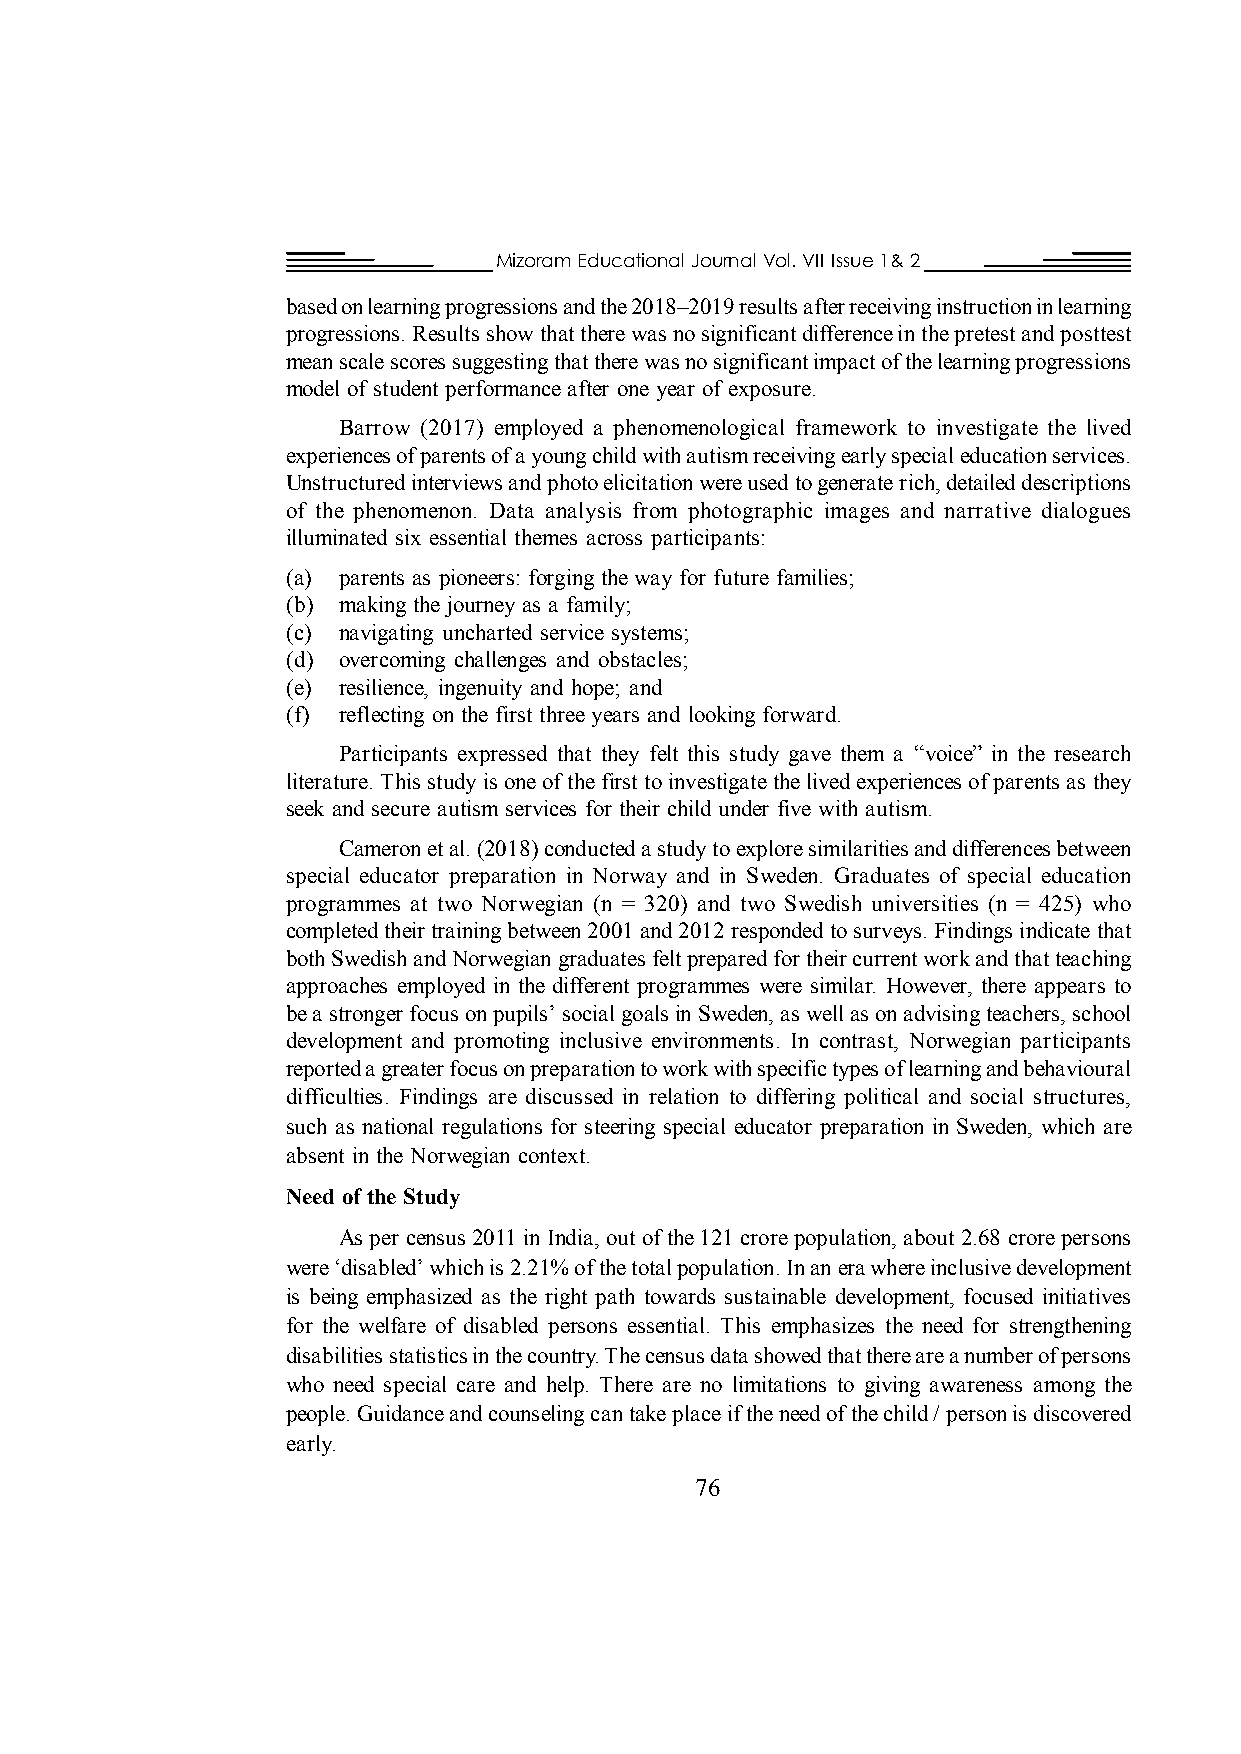
Mizoram Educational Journal Vol. VII Issue 1& 2
 based on learning progressions and the 2018–2019 results after receiving instruction in learning
 progressions. Results show that there was no significant difference in the pretest and posttest
 mean scale scores suggesting that there was no significant impact of the learning progressions
 model of student performance after one year of exposure.
 Barrow (2017) employed a phenomenological framework to investigate the lived
 experiences of parents of a young child with autism receiving early special education services.
 Unstructured interviews and photo elicitation were used to generate rich, detailed descriptions
 of the phenomenon. Data analysis from photographic images and narrative dialogues
 illuminated six essential themes across participants:
 (a) parents as pioneers: forging the way for future families;
 (b) making the journey as a family;
 (c) navigating uncharted service systems;
 (d) overcoming challenges and obstacles;
 (e) resilience, ingenuity and hope; and
 (f) reflecting on the first three years and looking forward.
 Participants expressed that they felt this study gave them a “voice” in the research
 literature. This study is one of the first to investigate the lived experiences of parents as they
 seek and secure autism services for their child under five with autism.
 Cameron et al. (2018) conducted a study to explore similarities and differences between
 special educator preparation in Norway and in Sweden. Graduates of special education
 programmes at two Norwegian (n = 320) and two Swedish universities (n = 425) who
 completed their training between 2001 and 2012 responded to surveys. Findings indicate that
 both Swedish and Norwegian graduates felt prepared for their current work and that teaching
 approaches employed in the different programmes were similar. However, there appears to
 be a stronger focus on pupils’ social goals in Sweden, as well as on advising teachers, school
 development and promoting inclusive environments. In contrast, Norwegian participants
 reported a greater focus on preparation to work with specific types of learning and behavioural
 difficulties. Findings are discussed in relation to differing political and social structures,
 such as national regulations for steering special educator preparation in Sweden, which are
 absent in the Norwegian context.
 Need of the Study
 As per census 2011 in India, out of the 121 crore population, about 2.68 crore persons
 were ‘disabled’ which is 2.21% of the total population. In an era where inclusive development
 is being emphasized as the right path towards sustainable development, focused initiatives
 for the welfare of disabled persons essential. This emphasizes the need for strengthening
 disabilities statistics in the country. The census data showed that there are a number of persons
 who need special care and help. There are no limitations to giving awareness among the
 people. Guidance and counseling can take place if the need of the child / person is discovered
 early.
 76